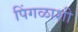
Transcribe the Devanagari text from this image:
पिंगळाशी